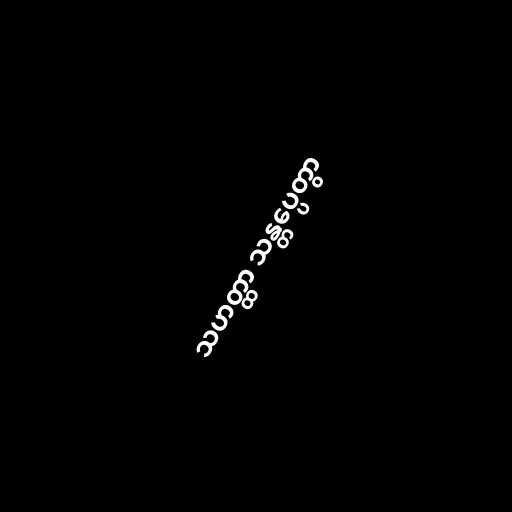
သဟတ္ထာ သန္တပ္ပေတွာ